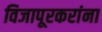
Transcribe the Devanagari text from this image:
विजापूरकरांना